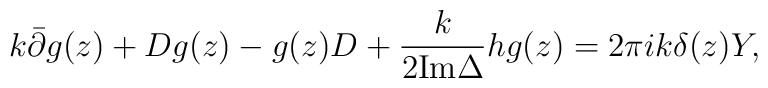
k\bar\partial g(z)+Dg(z)-g(z)D+\frac {k}{2{\mbox {Im}} \Delta}hg(z)=2\pi ik \delta (z)Y,